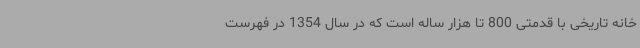
خانه تاریخی با قدمتی 800 تا هزار ساله است که در سال 1354 در فهرست